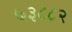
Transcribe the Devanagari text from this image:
७३८८२